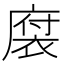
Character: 𪪠